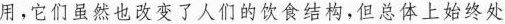
用，它们虽然也改变了人们的饮食结构，但总体上始终处